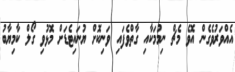
އެއްވަރުވެގެން އޮވެ މެޗް ނިމުމަކާއި ގާތްވެފައި ވަނިކޮށް ޔުނައިޓެޑަށް މޮޅުވި ގޯލް ކާމިޔާބު